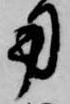
用